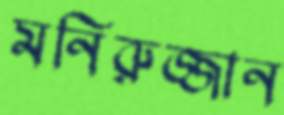
মনিরুজ্জান